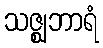
သဇ္ဈဘာရံ